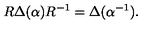
R \Delta ( \alpha ) R ^ { - 1 } = \Delta ( \alpha ^ { - 1 } ) .